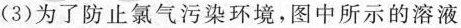
(3)为了防止氯气污染环境，图中所示的溶液